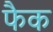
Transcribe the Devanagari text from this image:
फैक